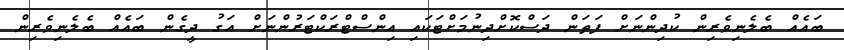
ބައެއް ބެލެނިވެރިން ކުދިންނަށް ފަތަން ދަސްކޮށްދިނުމަށްޓަކައި އިންސްޓްރަކްޓަރުންނަށް އަގު ދީގެން ބައެއް ބެލެނިވެރިން